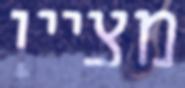
מציין